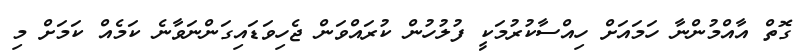
ގޮތް އާއްމުންނާ ހަމައަށް ހިއްސާކުރުމަކީ ފުލުހުން ކުރައްވަން ޖެހިވަޑައިގަންނަވާނެ ކަމެއް ކަމަށް މި